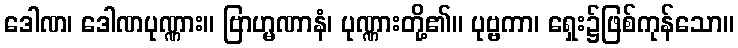
ဒေါဏ၊ ဒေါဏပုဏ္ဏား။ ဗြာဟ္မဏာနံ၊ ပုဏ္ဏားတို့၏။ ပုဗ္ဗကာ၊ ရှေး၌ဖြစ်ကုန်သော။